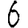
Digit: 6